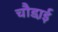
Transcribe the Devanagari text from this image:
चौडा़ई